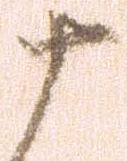
十